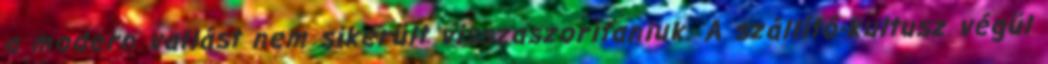
a modern vallást nem sikerült visszaszorítaniuk. A szállító-kultusz végül